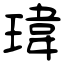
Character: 瑋